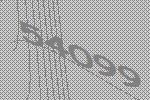
54099